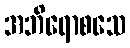
အဘိရောစသေ